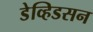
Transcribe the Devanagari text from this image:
डेव्हिडसन